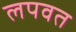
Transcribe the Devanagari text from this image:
लपवत